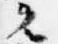
元